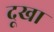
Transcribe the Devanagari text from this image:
दूखा